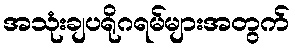
အသုံးချပရိုဂရမ်များအတွက်